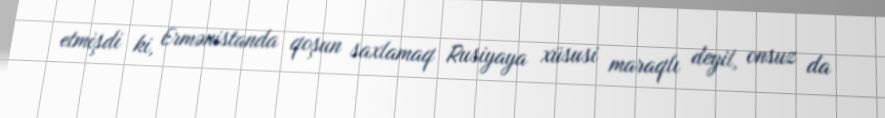
etmişdi ki, Ermənistanda qoşun saxlamaq Rusiyaya xüsusi maraqlı deyil, onsuz da